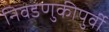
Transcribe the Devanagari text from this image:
निवडणुकीपुर्वी